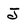
Character: J